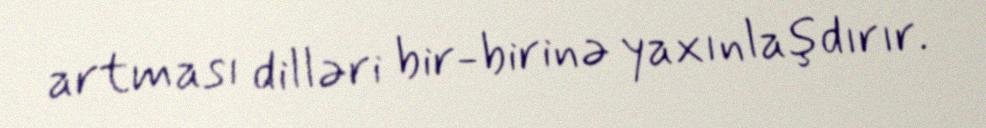
artması dilləri bir-birinə yaxınlaşdırır.